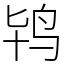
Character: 鸨